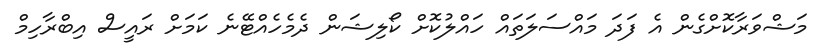
މަޝްވަރާކޮށްގެން އެ ފަދަ މައްސަލަތައް ހައްލުކޮށް ކޯލިޝަން ދެމެހެއްޓޭނެ ކަމަށް ރައީސް އިބްރާހިމް